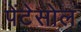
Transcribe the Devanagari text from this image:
पेंटेसोल